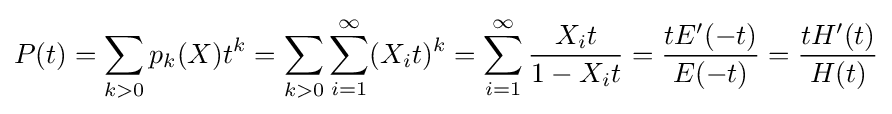
P(t)=\sum _{k>0}p_{k}(X)t^{k}=\sum _{k>0}\sum _{i=1}^{\infty }(X_{i}t)^{k}=\sum _{i=1}^{\infty }{\frac {X_{i}t}{1-X_{i}t}}={\frac {tE'(-t)}{E(-t)}}={\frac {tH'(t)}{H(t)}}